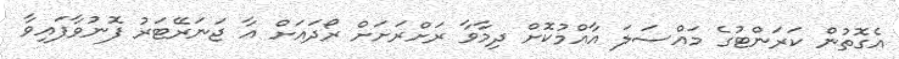
އެގޮތުން ކަރަންޓުގެ މައްސަލަ އާއްމުކޮށް ދިމާވާ ރަށްރަށަށް ރޯދައަށް އާ ޖަނަރޭޓަރު ފޮނުވާފައިވާ